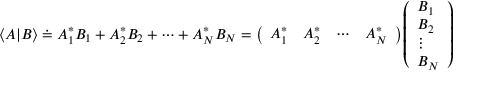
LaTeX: \langle A | B \rangle \doteq A _ { 1 } ^ { * } B _ { 1 } + A _ { 2 } ^ { * } B _ { 2 } + \cdots + A _ { N } ^ { * } B _ { N } = { \left( \begin{array} { l l l l } { A _ { 1 } ^ { * } } & { A _ { 2 } ^ { * } } & { \cdots } & { A _ { N } ^ { * } } \end{array} \right) } { \left( \begin{array} { l } { B _ { 1 } } \\ { B _ { 2 } } \\ { \vdots } \\ { B _ { N } } \end{array} \right) }